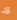
قد